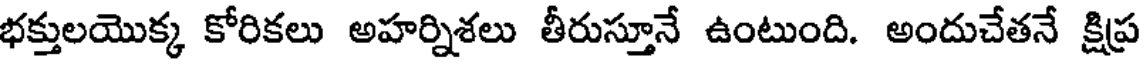
భక్తులయొక్క కోరికలు అహర్నిశలు తీరుస్తూనే ఉంటుంది. అందుచేతనే క్షిప్ర